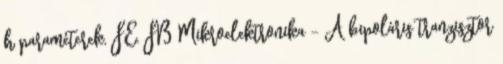
h paraméterek, FE, FB Mikroelektronika - A bipoláris tranzisztor